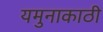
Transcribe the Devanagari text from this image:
यमुनाकाठी